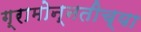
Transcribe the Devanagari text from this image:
ग्रामोन्नतीच्या